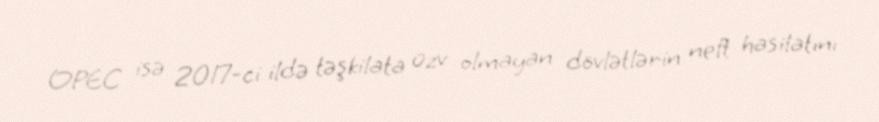
OPEC isə 2017-ci ildə təşkilata üzv olmayan dövlətlərin neft hasilatını